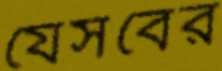
যেসবের